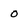
Character: o